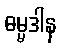
ဓမ္မဒါန